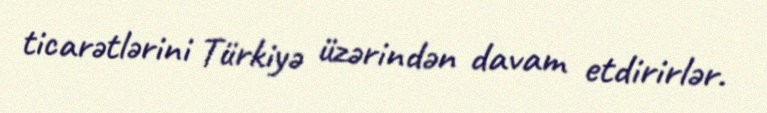
ticarətlərini Türkiyə üzərindən davam etdirirlər.